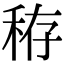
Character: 𥞘